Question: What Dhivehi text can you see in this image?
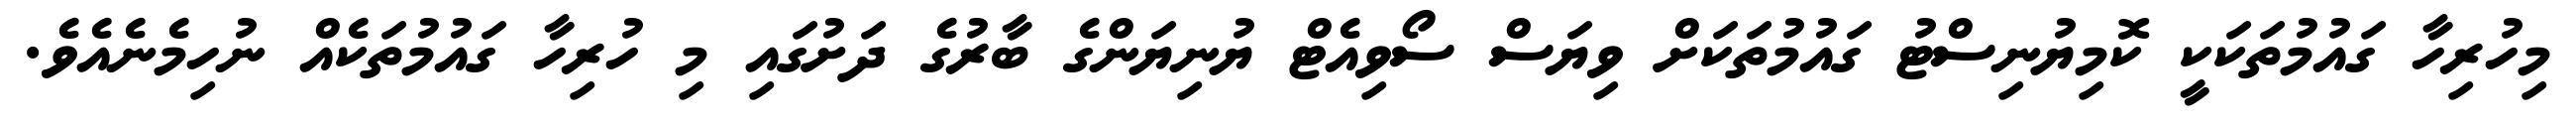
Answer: މިހުރިހާ ގައުމުތަކަކީ ކޮމިޔުނިސްޓު ގައުމުތަކަށް ވިޔަސް ސޯވިއެޓް ޔުނިޔަންގެ ބާރުގެ ދަށުގައި މި ހުރިހާ ގައުމުތަކެއް ނުހިމެނެއެވެ.